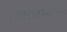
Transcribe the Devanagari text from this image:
नाट्यपंढरीच्या